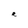
Character: e